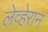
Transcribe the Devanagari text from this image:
लेव्हेरान